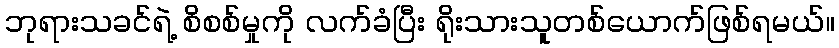
ဘုရားသခင်ရဲ့ စိစစ်မှုကို လက်ခံပြီး ရိုးသားသူတစ်ယောက်ဖြစ်ရမယ်။